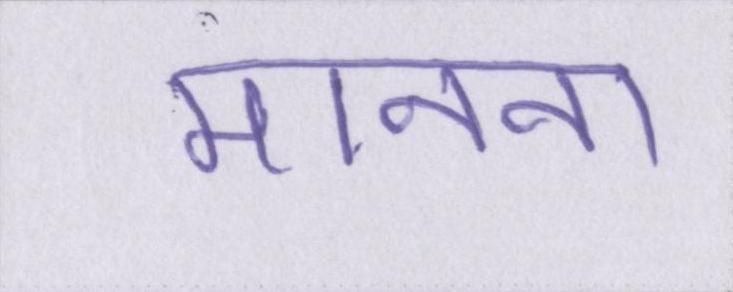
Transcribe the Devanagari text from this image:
मानना